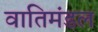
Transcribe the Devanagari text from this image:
वातिमंडल